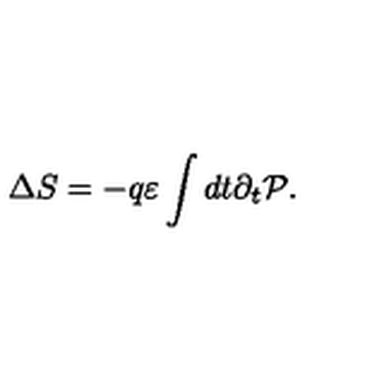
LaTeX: \Delta S = - q \varepsilon \int d t \partial _ { t } { \cal P } .